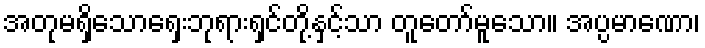
အတုမရှိသောရှေးဘုရားရှင်တို့နှင့်သာ တူတော်မူသော။ အပ္ပမာဏော၊